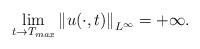
LaTeX: \begin{align*} \lim_{t \to T_{max}} \left\| u(\cdot, t) \right\|_{L^\infty} = +\infty. \end{align*}